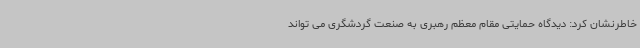
خاطرنشان کرد: دیدگاه حمایتی مقام معظم رهبری به صنعت گردشگری می تواند